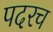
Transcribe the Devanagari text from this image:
पदरच